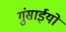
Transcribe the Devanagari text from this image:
गुंसाईयों